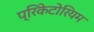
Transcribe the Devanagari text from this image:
प्रिकेटोरियम